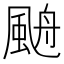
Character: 𩗋